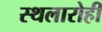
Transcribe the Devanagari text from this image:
स्थलारोही